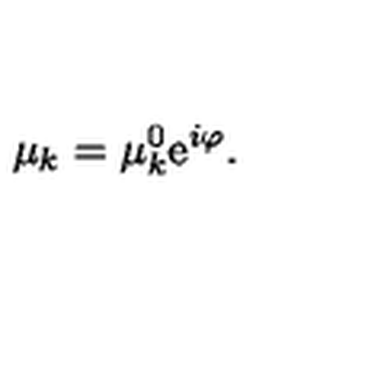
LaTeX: \mu _ { k } = \mu _ { k } ^ { 0 } \mathrm { e } ^ { i \varphi } .